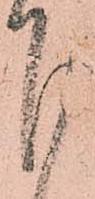
下